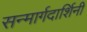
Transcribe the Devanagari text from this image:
सन्मार्गदार्शिनी